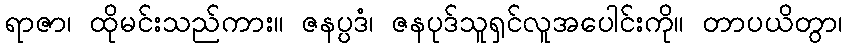
ရာဇာ၊ ထိုမင်းသည်ကား။ ဇနပ္ပဒံ၊ ဇနပုဒ်သူရှင်လူအပေါင်းကို။ တာပယိတွာ၊